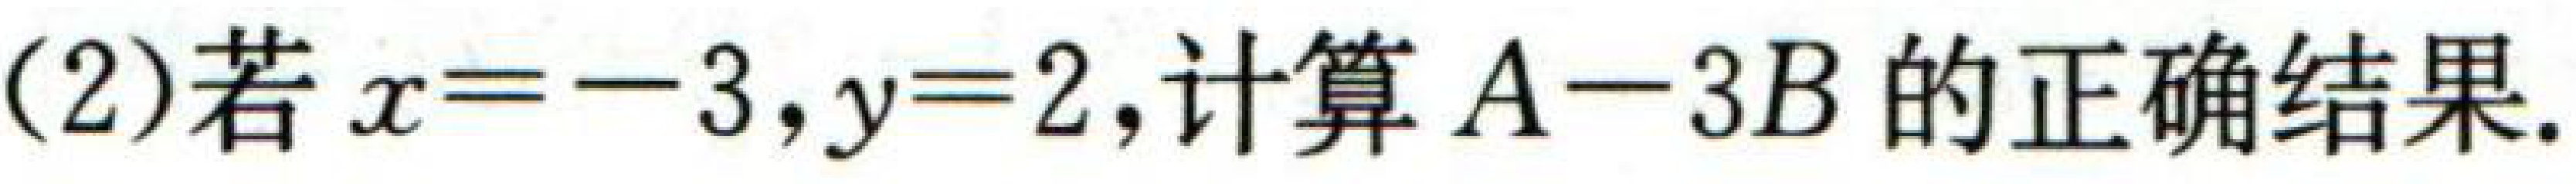
(2)若\(x = - 3\)，\(y = 2\)，计算\(A - 3B\)的正确结果.